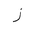
Letter: _zay